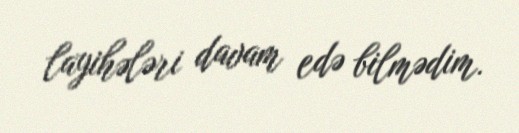
layihələri davam edə bilmədim.